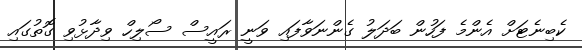
ކެބިނެޓަށް އެންމެ ފަހުން ބަދަލު ގެންނަވާފައި ވަނީ ރައީސް ސޯލިހް ވިދާޅުވި ގޮތުގައި